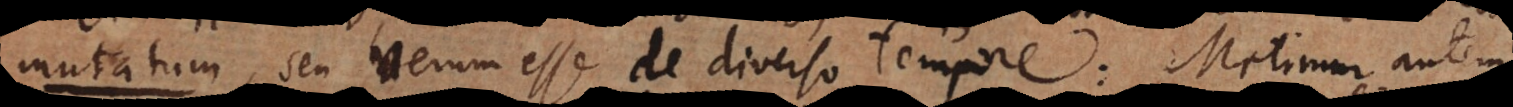
u verum esse de diverso tempore: Metimur autem